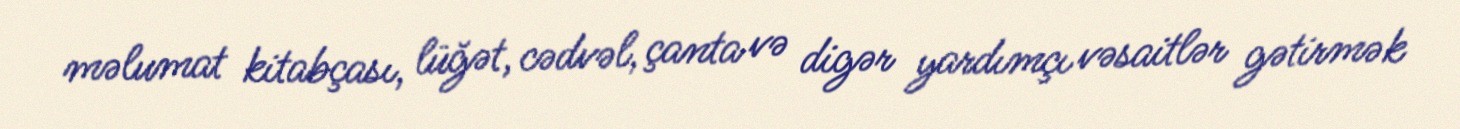
məlumat kitabçası, lüğət, cədvəl, çanta və digər yardımçı vəsaitlər gətirmək